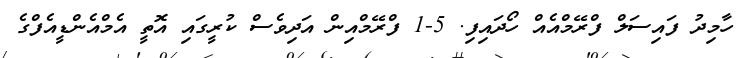
ހާމިދު ފައިސަލް ފްރޭމްއެއް ހޯދައިފި. 5-1 ފްރޭމްއިން އަދިވެސް ކުރީގައި އޮތީ އެމްއެންޑީއެފްގެ